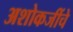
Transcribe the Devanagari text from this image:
अशोकजींचे